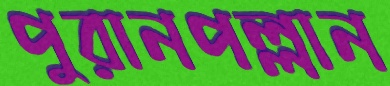
পুরানপল্লান